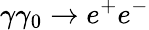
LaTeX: \gamma\gamma_{0}\rightarrow e^{+}e^{-}